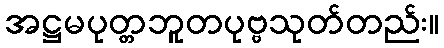
အဋ္ဌမပုတ္တဘူတပုဗ္ဗသုတ်တည်း။